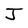
Character: J